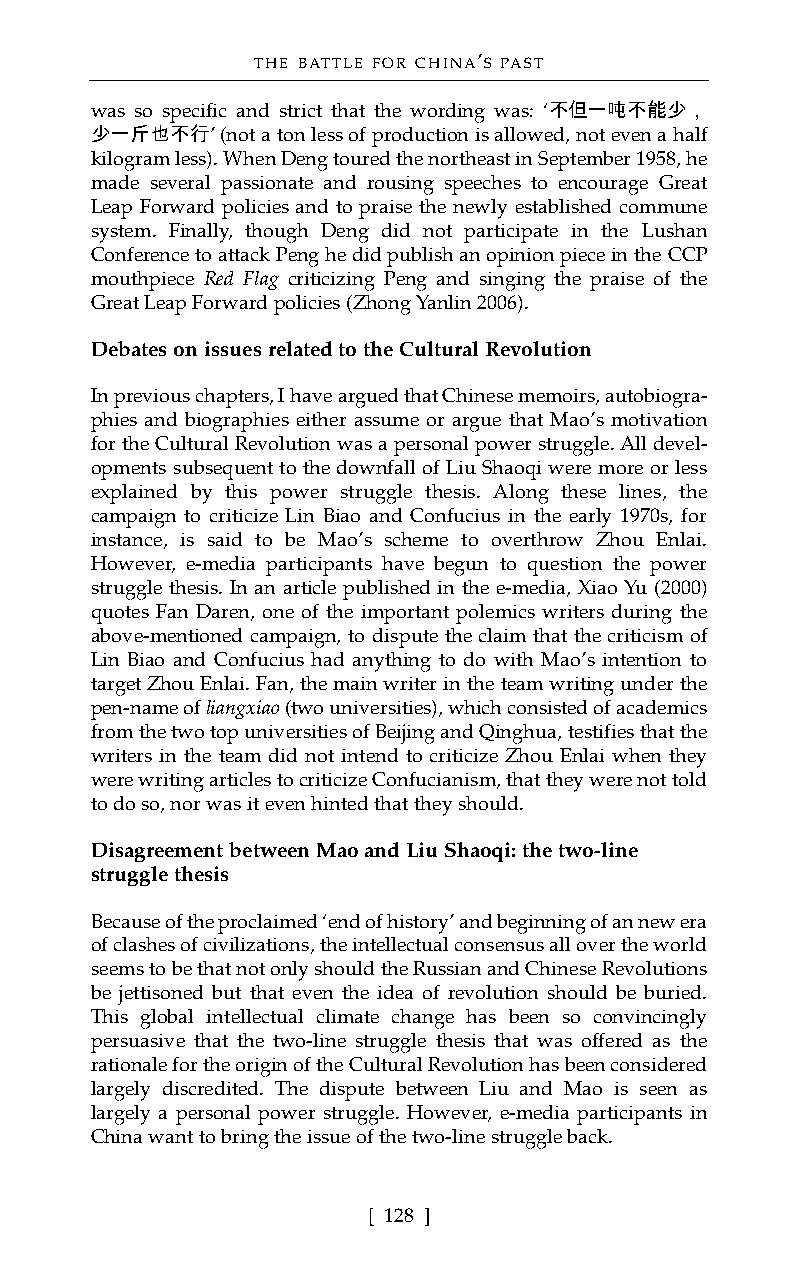
THE BATTLE FOR CHINA’S PAST
 was so specific and strict that the wording was: ‘不但一吨不能少，
 少一斤也不行’  (not a ton less of production is allowed, not even a half
 kilogram less). WhenDeng toured the northeast in September 1958, he
 made several passionate and rousing speeches to encourage Great
 Leap Forward policies and to praise the newly established commune
 system. Finally, though Deng did not participate in the Lushan
 Conference to attack Peng he did publish an opinion piece in the CCP
 mouthpiece Red Flag criticizing Peng and singing the praise of the
 Great Leap Forwardpolicies(Zhong Yanlin 2006).
 Debates on issues related to the Cultural Revolution
 In previous chapters, I have argued that Chinese memoirs, autobiogra-
 phies and biographies either assume or argue that Mao’s motivation
 for the Cultural Revolution was a personal power struggle. All devel-
 opments subsequent to the downfall of Liu Shaoqi were more or less
 explained by this power struggle thesis. Along these lines, the
 campaign to criticize Lin Biao and Confucius in the early 1970s, for
 instance, is said to be Mao’s scheme to overthrow Zhou Enlai.
 However, e-media participants have begun to question the power
 struggle thesis. In an article published in the e-media, Xiao Yu (2000)
 quotes Fan Daren, one of the important polemics writers during the
 above-mentioned campaign, to dispute the claim that the criticism of
 Lin Biao and Confucius had anything to do with Mao’s intention to
 target Zhou Enlai. Fan, the main writer in the team writing under the
 pen-name of liangxiao (two universities), which consisted of academics
 from the two top universities of Beijing and Qinghua, testifies that the
 writers in the team did not intend to criticize Zhou Enlai when they
 were writing articles to criticize Confucianism, that they were not told
 to do so, nor was it even hinted that they should.
 Disagreement between Mao and Liu Shaoqi: the two-line
 struggle thesis
 Because of the proclaimed ‘end of history’ and beginning of an new era
 of clashes of civilizations, the intellectual consensus all over the world
 seems to be that not only should the Russian and Chinese Revolutions
 be jettisoned but that even the idea of revolution should be buried.
 This global intellectual climate change has been so convincingly
 persuasive that the two-line struggle thesis that was offered as the
 rationale for the origin of the Cultural Revolution has been considered
 largely discredited. The dispute between Liu and Mao is seen as
 largely a personal power struggle. However, e-media participants in
 China want to bring the issue of the two-line struggle back.
 [ 128 ]